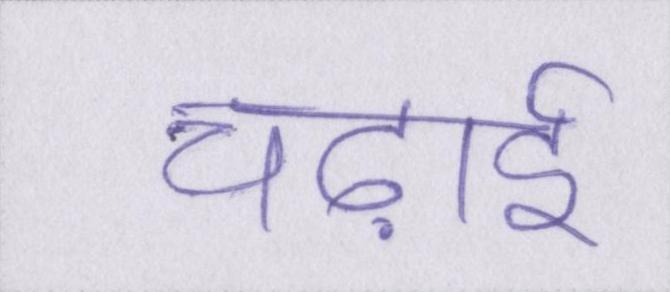
चढ़ाई